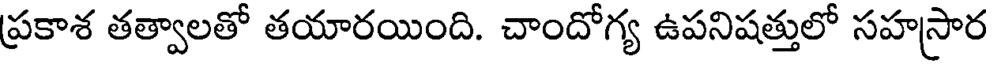
ప్రకాశ తత్వాలతో తయారయింది. చాందోగ్య ఉపనిషత్తులో సహస్రార